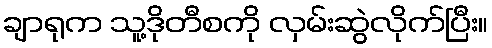
ချာရုက သူ့ဒိုတီစကို လှမ်းဆွဲလိုက်ပြီး။